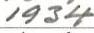
1934